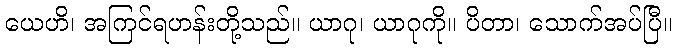
ယေဟိ၊ အကြင်ရဟန်းတို့သည်။ ယာဂု၊ ယာဂုကို။ ပိတာ၊ သောက်အပ်ပြီ။